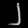
Digit: ၂